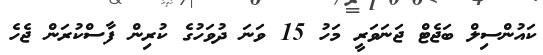
ކައުންސިލް ބަޖެޓް ޖަނަވަރީ މަހު 15 ވަނަ ދުވަހުގެ ކުރިން ފާސްކުރަން ޖެހެ